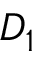
D _ { 1 }